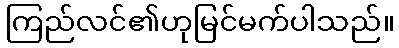
ကြည်လင်၏ဟုမြင်မက်ပါသည်။